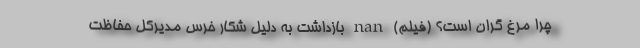
چرا مرغ گران است؟ (فیلم) nan بازداشت به دلیل شکار خرس مدیرکل حفاظت